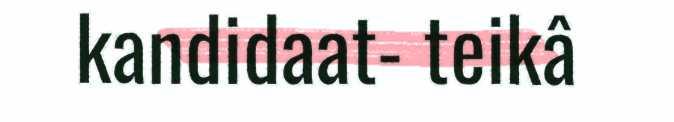
kandidaat- teikâ